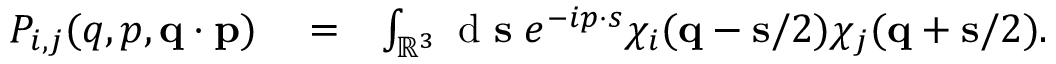
\begin{array} { r l r } { P _ { i , j } ( q , p , \ensuremath { \mathbf { q } } \cdot \ensuremath { \mathbf { p } } ) } & { { } = } & { \int _ { \mathbb { R } ^ { 3 } } \ensuremath { \mathrm { ~ d ~ } } \ensuremath { \mathbf { s } } \; e ^ { - i \b { p } \cdot \b { s } } \chi _ { i } ( \ensuremath { \mathbf { q } } - \ensuremath { \mathbf { s } } / 2 ) \chi _ { j } ( \ensuremath { \mathbf { q } } + \ensuremath { \mathbf { s } } / 2 ) . } \end{array}